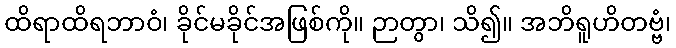
ထိရာထိရဘာဝံ၊ ခိုင်မခိုင်အဖြစ်ကို။ ဉာတွာ၊ သိ၍။ အဘိရူဟိတဗ္ဗံ၊